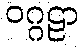
ဝဂ္ဂဠာ